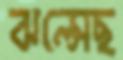
ঝল্‌সেছ